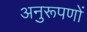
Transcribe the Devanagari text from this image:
अनुरूपणों